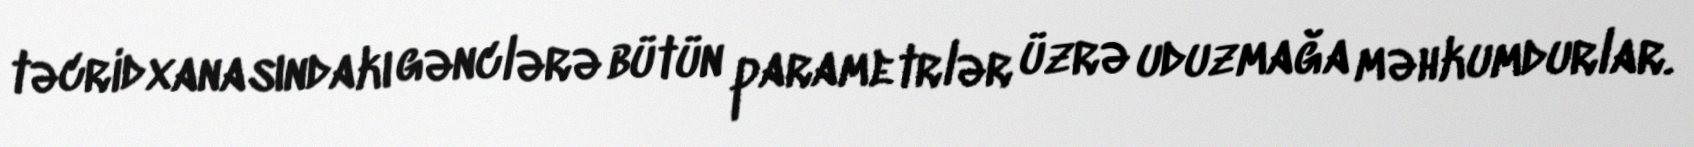
təcridxanasındakı gənclərə bütün parametrlər üzrə uduzmağa məhkumdurlar.